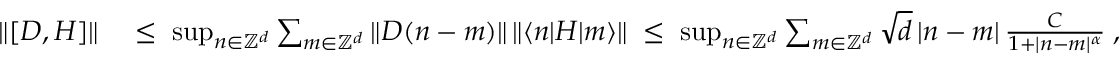
\begin{array} { r l } { \| [ D , H ] \| } & { \; \leq \; \operatorname* { s u p } _ { n \in { \mathbb Z } ^ { d } } \sum _ { m \in { \mathbb Z } ^ { d } } \| D ( n - m ) \| \, \| \langle n | H | m \rangle \| \; \leq \; \operatorname* { s u p } _ { n \in { \mathbb Z } ^ { d } } \sum _ { m \in { \mathbb Z } ^ { d } } \sqrt { d } \, | n - m | \, \frac { C } { 1 + | n - m | ^ { \alpha } } \; , } \end{array}